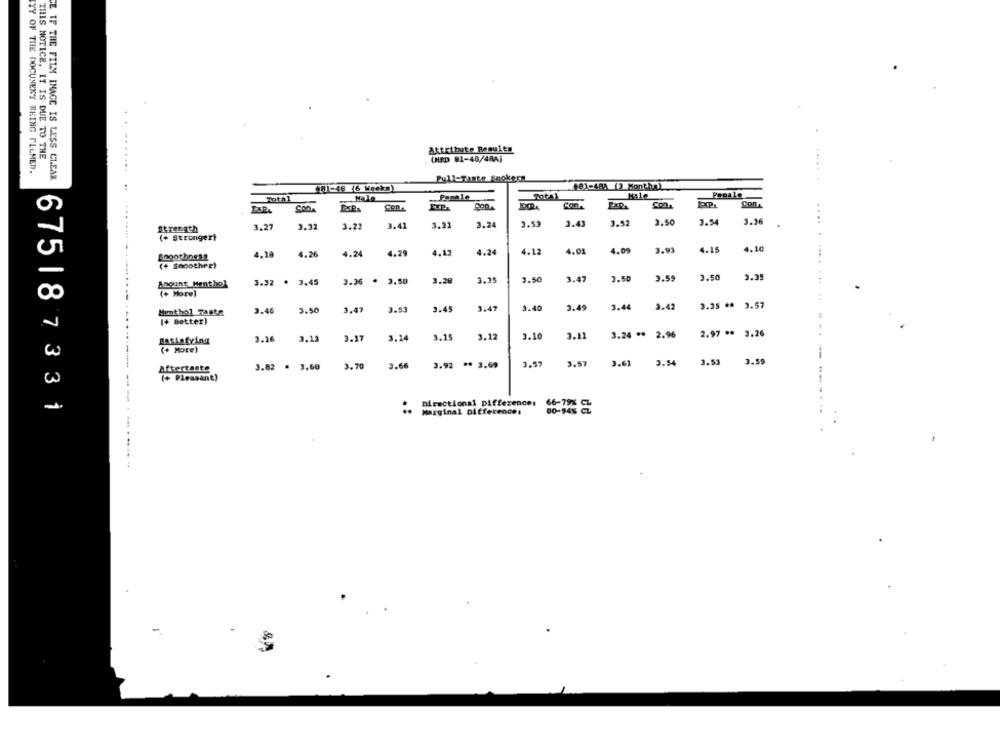
Attribute Results
THIS NOTICE. IT IS DUE TO THE
(HRD 91-40/48A]
ITY OF THE DOCUMENT BEING PLLMED.
CE IF THE FILM INACE IS LESS CLEAR
Pull-Taste Snokern
-4 6 Weeks)
481-48A 12 Monthel
- Pomale
Male
Proale
Con
Con
Con.
3.27
3.32
3.23
3.41
3.31
3.24
3.53
3.43
3.52
3.50
3.54
3.36
...
Strength
(+ Stronger)
4.10
4.16
1.26
4.24
1.29
1.13
4.24
4.12
4.01
1.09
3.93
4.15
(+ Smoother)
1.47
2.51
2.59
2.50
3.35
Anount_Menthol
3.32 . 3.45
3.36
· 3.50
1.28
3.35
3.50
...
(+ More)
3.47
3.53
9.45
1.47
3.40
2.49
3.44
2.42
3.35 ** 3.57
Monthol Faste
3.46
3.50
(+ Better)
3.16
3.12
2.17
3.14
1.15
3.12
2.10
3.11
3.24 ** 2.96
2.97 **
3.26
Satietying
(+ More)
3.54
Aftertaste
3.82 · 3.60
.70
3.66
3.92
** 3.69
3.57
3.57
3.61
3.53 3.59
----
(+ Pleasant)
Directional Difference: 66-79% CL
675187331
Marginal Difference;
00-94% CL